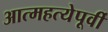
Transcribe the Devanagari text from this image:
आत्महत्येपूर्वी